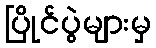
ပြိုင်ပွဲများမှ